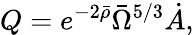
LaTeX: Q=e^{-2\bar{\rho}}\bar{\Omega}^{5/3}\dot{A},